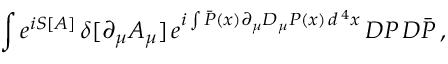
\int e ^ { i S [ A ] } \, \delta [ \partial _ { \mu } A _ { \mu } ] \, e ^ { i \int \bar { P } ( x ) \partial _ { \mu } D _ { \mu } P ( x ) \, d ^ { \, 4 } x } \, { \cal D } P \, { \cal D } \bar { P } \, ,